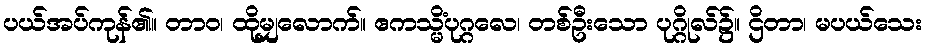
ပယ်အပ်ကုန်၏။ တာဝ၊ ထိုမျှလောက်။ ဧကသ္မိံပုဂ္ဂလေ၊ တစ်ဦးသော ပုဂ္ဂိုလ်၌။ ဌိတာ၊ မပယ်သေး